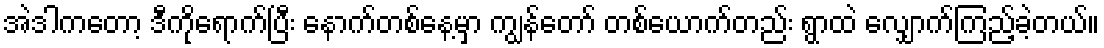
အဲဒါကတော့ ဒီကိုရောက်ပြီး နောက်တစ်နေ့မှာ ကျွန်တော် တစ်ယောက်တည်း ရွာထဲ လျှောက်ကြည့်ခဲ့တယ်။